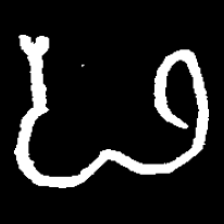
Pyu character \u2014 Myanmar letter: ဖ (romanized: pha)